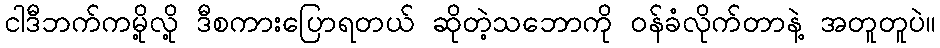
ငါဒီဘက်ကမို့လို့ ဒီစကားပြောရတယ် ဆိုတဲ့သဘောကို ဝန်ခံလိုက်တာနဲ့ အတူတူပဲ။